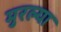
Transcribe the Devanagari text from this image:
मुरल्या